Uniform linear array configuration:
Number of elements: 48
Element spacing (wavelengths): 1
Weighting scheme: hann
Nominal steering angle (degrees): -15
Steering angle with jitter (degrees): -15.838
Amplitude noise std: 0.05
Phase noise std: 0.05

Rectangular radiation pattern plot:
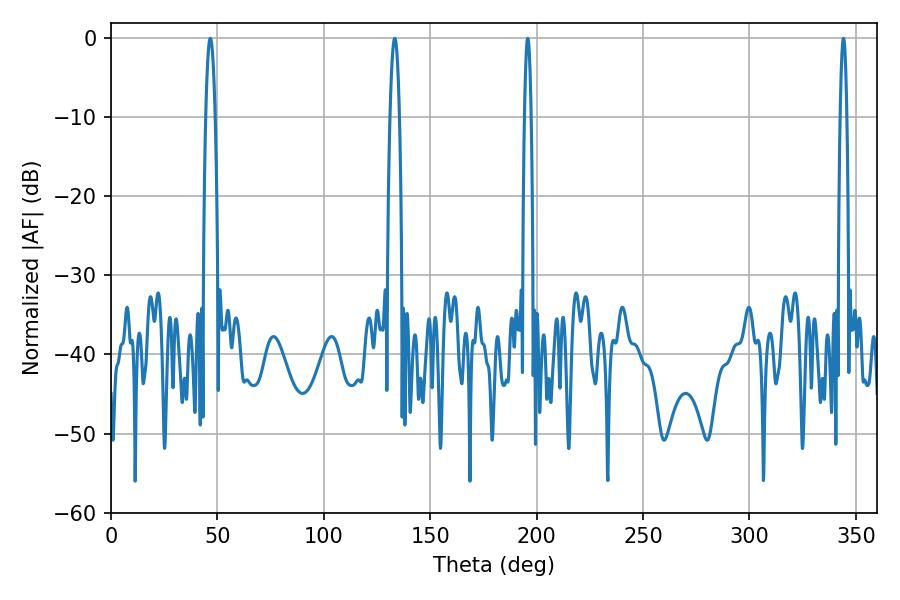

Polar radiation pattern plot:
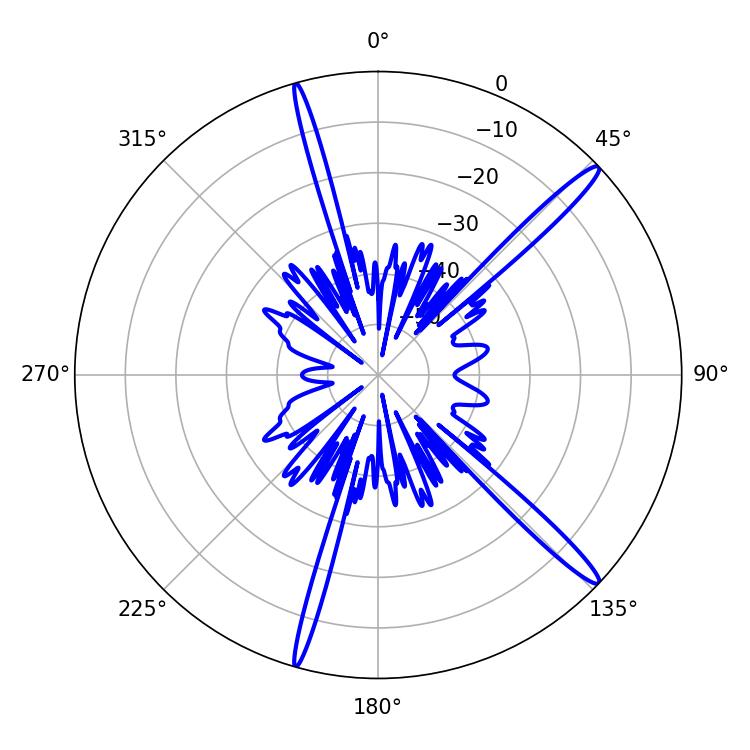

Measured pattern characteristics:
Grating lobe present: TRUE
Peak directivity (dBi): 16.05
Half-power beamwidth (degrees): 1.62
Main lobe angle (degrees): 344.16